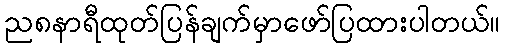
ည၈နာရီထုတ်ပြန်ချက်မှာဖော်ပြထားပါတယ်။